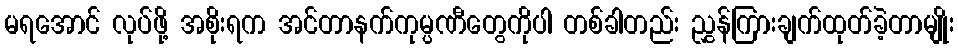
မရအောင် လုပ်ဖို့ အစိုးရက အင်တာနက်ကုမ္ပဏီတွေကိုပါ တစ်ခါတည်း ညွှန်ကြားချက်ထုတ်ခဲ့တာမျိုး